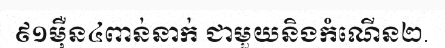
៩១ម៉ឺន៤ពាន់នាក់ ជាមួយនិងកំណើន២.